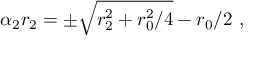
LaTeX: \alpha _ { 2 } r _ { 2 } = \pm \sqrt { r _ { 2 } ^ { 2 } + { r _ { 0 } ^ { 2 } / 4 } } - r _ { 0 } / 2 \ ,